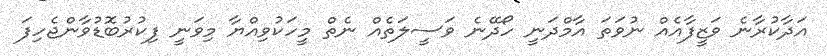
އަދާކުރާނެ ވަޒީފާއެއް ނުވަތަ އާމްދަނީ ހޯދޭނެ ވަސީލަތެއް ނެތް މީހަކުވިއްޔާ މިވަނީ ފިކުރުބޮޑުވާންޖެހިފަ